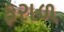
ફરાળ